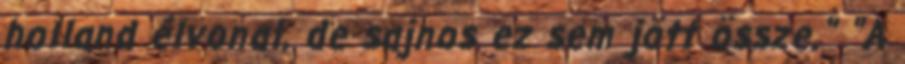
holland élvonal, de sajnos ez sem jött össze." "A